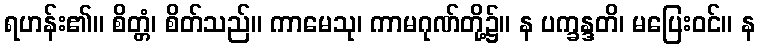
ရဟန်း၏။ စိတ္တံ၊ စိတ်သည်။ ကာမေသု၊ ကာမဂုဏ်တို့၌။ န ပက္ခန္ဒတိ၊ မပြေးဝင်။ န